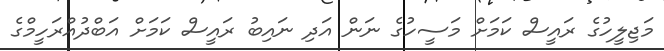
މަޖިލީހުގެ ރައީސް ކަމަށް މަސީހުގެ ނަން އަދި ނައިބު ރައީސް ކަމަށް އަބްދުއްރަހީމްގެ